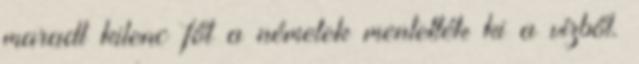
maradt kilenc főt a németek mentették ki a vízből.